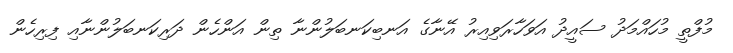
މުފްތީ މުހައްމަދު ސައީދު އަވަހާރަވިއިރު އޭނާގެ އަނބިކަނބަލުންނާ ތިން އަންހެން ދަރިކަނބަލުންނާއި ފިރިހެން